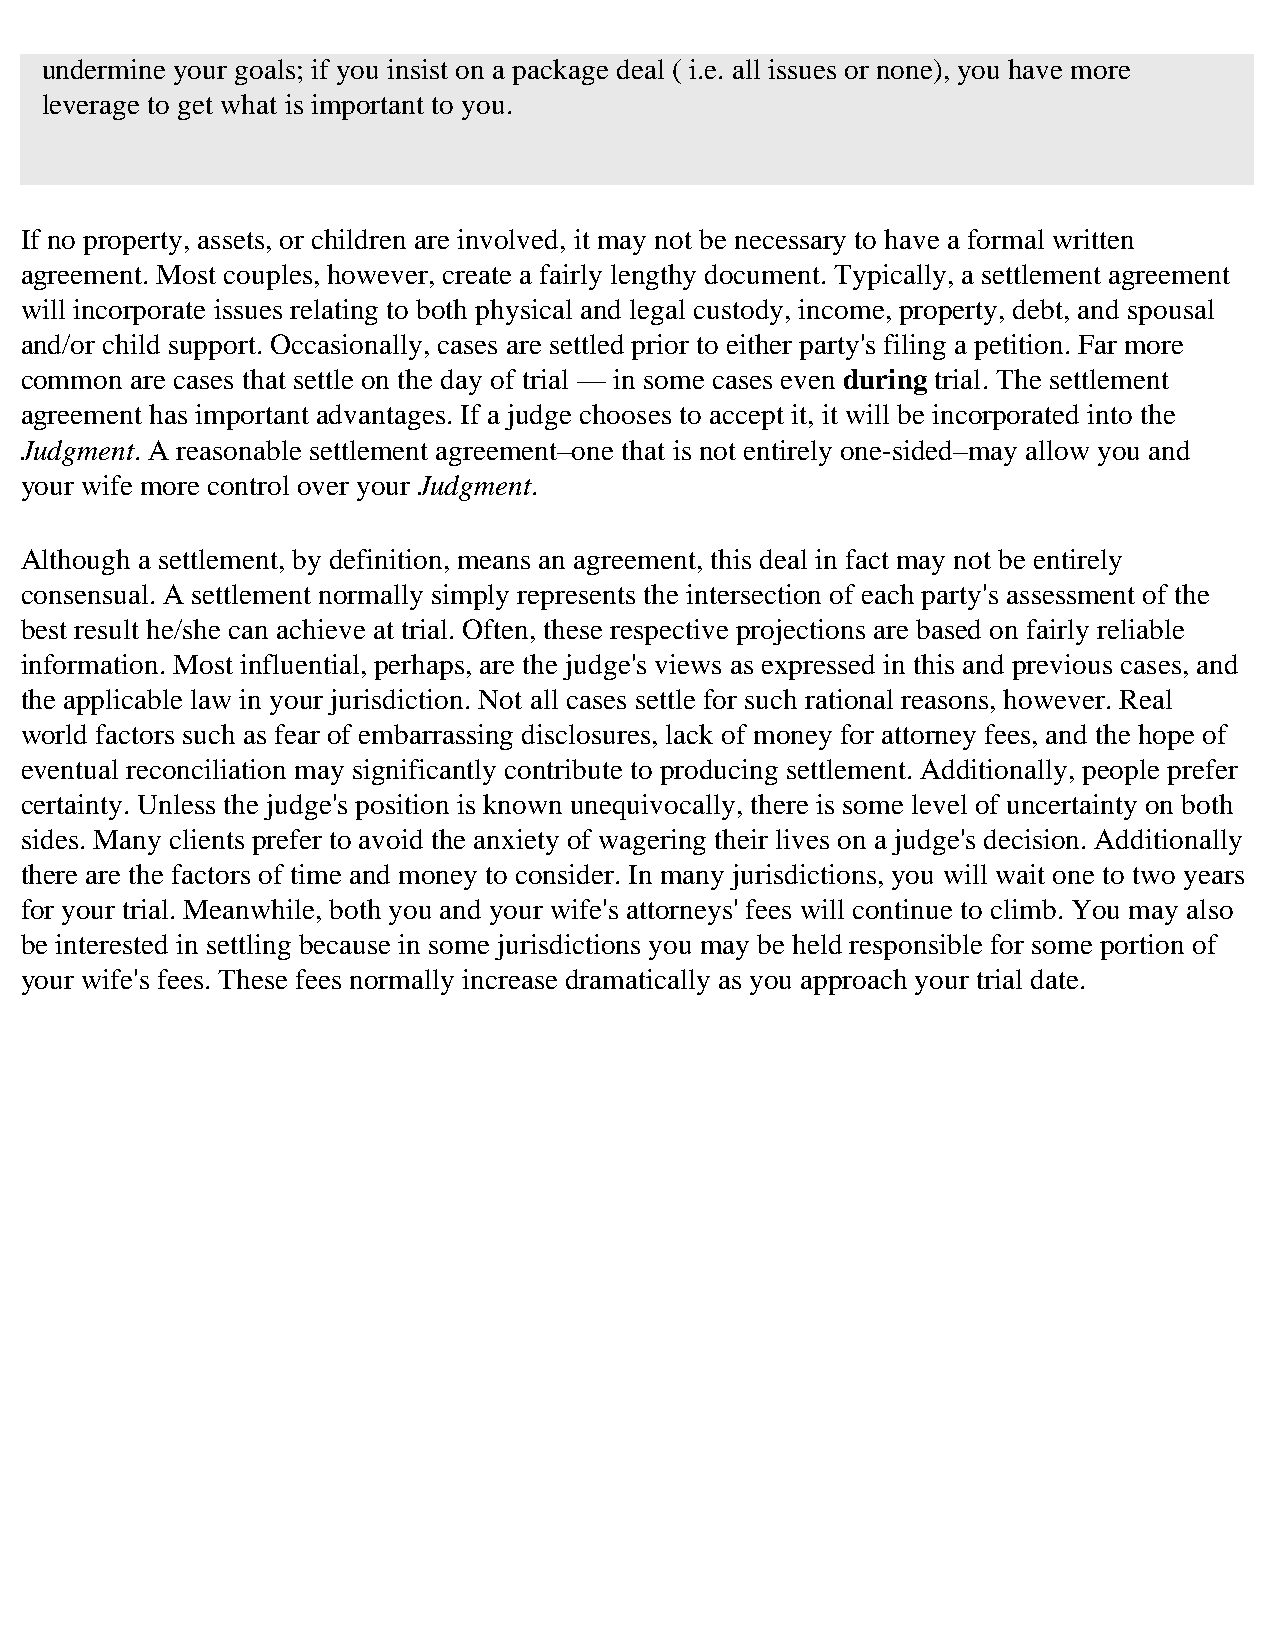
undermine your goals; if you insist on a package deal ( i.e. all issues or none), you have more
 leverage to get what is important to you.
 If no property, assets, or children are involved, it may not be necessary to have a formal written
 agreement. Most couples, however, create a fairly lengthy document. Typically, a settlement agreement
 will incorporate issues relating to both physical and legal custody, income, property, debt, and spousal
 and/or child support. Occasionally, cases are settled prior to either party's filing a petition. Far more
 common  are cases that settle on the day of trial — in some cases even during trial. The settlement
 agreement has important advantages. If a judge chooses to accept it, it will be incorporated into the
 Judgment. A reasonable settlement agreement–one that is not entirely one-sided–may allow you and
 your wife more control over your Judgment.
 Although a settlement, by definition, means an agreement, this deal in fact may not be entirely
 consensual. A settlement normally simply represents the intersection of each party's assessment of the
 best result he/she can achieve at trial. Often, these respective projections are based on fairly reliable
 information. Most influential, perhaps, are the judge's views as expressed in this and previous cases, and
 the applicable law in your jurisdiction. Not all cases settle for such rational reasons, however. Real
 world factors such as fear of embarrassing disclosures, lack of money for attorney fees, and the hope of
 eventual reconciliation may significantly contribute to producing settlement. Additionally, people prefer
 certainty. Unless the judge's position is known unequivocally, there is some level of uncertainty on both
 sides. Many clients prefer to avoid the anxiety of wagering their lives on a judge's decision. Additionally
 there are the factors of time and money to consider. In many jurisdictions, you will wait one to two years
 for your trial. Meanwhile, both you and your wife's attorneys' fees will continue to climb. You may also
 be interested in settling because in some jurisdictions you may be held responsible for some portion of
 your wife's fees. These fees normally increase dramatically as you approach your trial date.